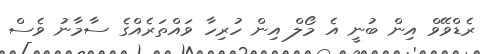
ރެޑްވޭވް އިން ބުނީ އެ މޯލް އިން ހުރިހާ ވައްތަރެއްގެ ސާމާނު ވެސް